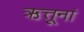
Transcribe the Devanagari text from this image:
ऋत्तूनां